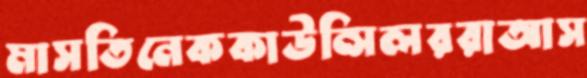
মাসতিনেককাউন্সিলররাআস